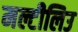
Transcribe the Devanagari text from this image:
मल्टीलिउ